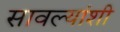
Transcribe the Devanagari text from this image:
सावल्यांशी